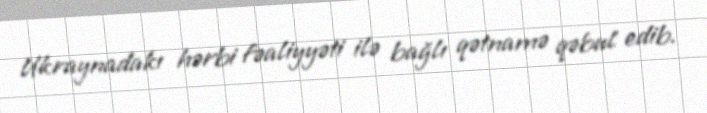
Ukraynadakı hərbi fəaliyyəti ilə bağlı qətnamə qəbul edib.